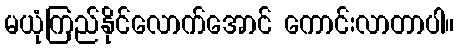
မယုံကြည်နိုင်လောက်အောင် ကောင်းလာတာပါ။